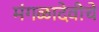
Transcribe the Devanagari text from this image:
मंगळादेवीचे